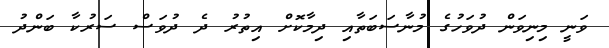
ވަނީ މިނިވަން ދުވަހުގެ މުނާސަބަތާއި ދިމާކޮށް އިތުރު ދެ ދުވަސް ސަރުކާ ބަންދު